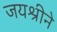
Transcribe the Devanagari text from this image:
जयश्रीने